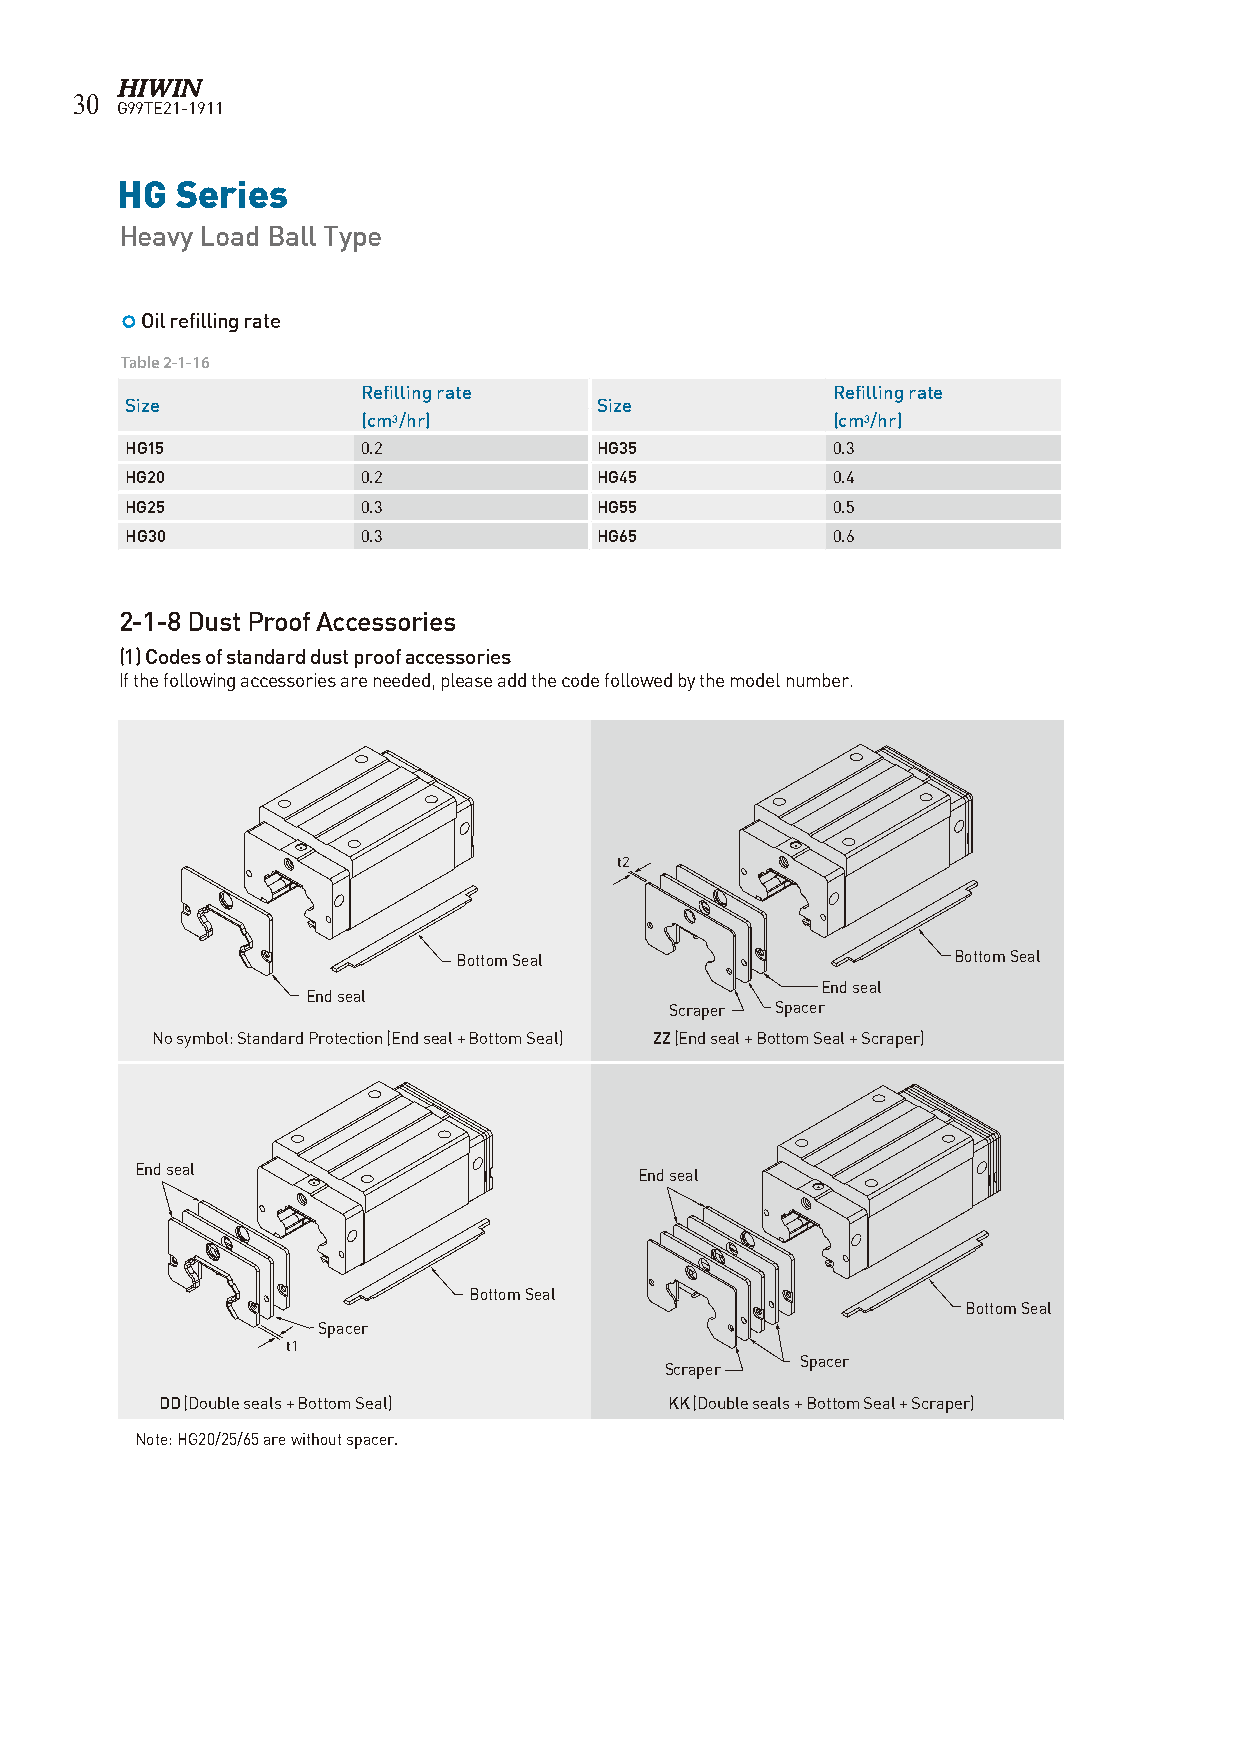
30
 G99TE21-1911
 HG  Series
 Heavy Load Ball Type
  Oil refilling rate
 Table 2-1-16
 Refilling rate                 Refilling rate
 Size                           Size
 (cm3/hr)                       (cm3/hr)
 HG15            0.2            HG35            0.3
 HG20            0.2            HG45            0.4
 HG25            0.3            HG55            0.5
 HG30            0.3            HG65            0.6
 2-1-8 Dust Proof Accessories
 (1) Codes of standard dust proof accessories
 If the following accessories are needed, please add the code followed by the model number.
 t2
 t2
 Bottom Seal                      Bottom Seal
 End seal
 End seal
 Scraper Spacer
 No symbol: Standard Protection (End seal + Bottom Seal) ZZ (End seal + Bottom Seal + Scraper)
 End seal                         End seal
 Bottom Seal
 Bottom Seal
 Spacer
 t1
 t1
 Spacer
 Scraper
 DD (Double seals + Bottom Seal)  KK (Double seals + Bottom Seal + Scraper)
 Note: HG20/25/65 are without spacer.